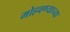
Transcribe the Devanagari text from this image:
मोहवण्याच्या